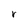
Character: r